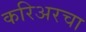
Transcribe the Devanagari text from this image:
करिअरचा